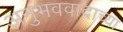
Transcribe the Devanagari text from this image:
अनुभववादाच्या